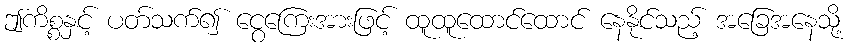
ဤကိစ္စနှင့် ပတ်သက်၍ ငွေကြေးအားဖြင့် ထူထူထောင်ထောင် နေနိုင်သည့် အခြေအနေသို့